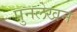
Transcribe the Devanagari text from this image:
पुनलेखन